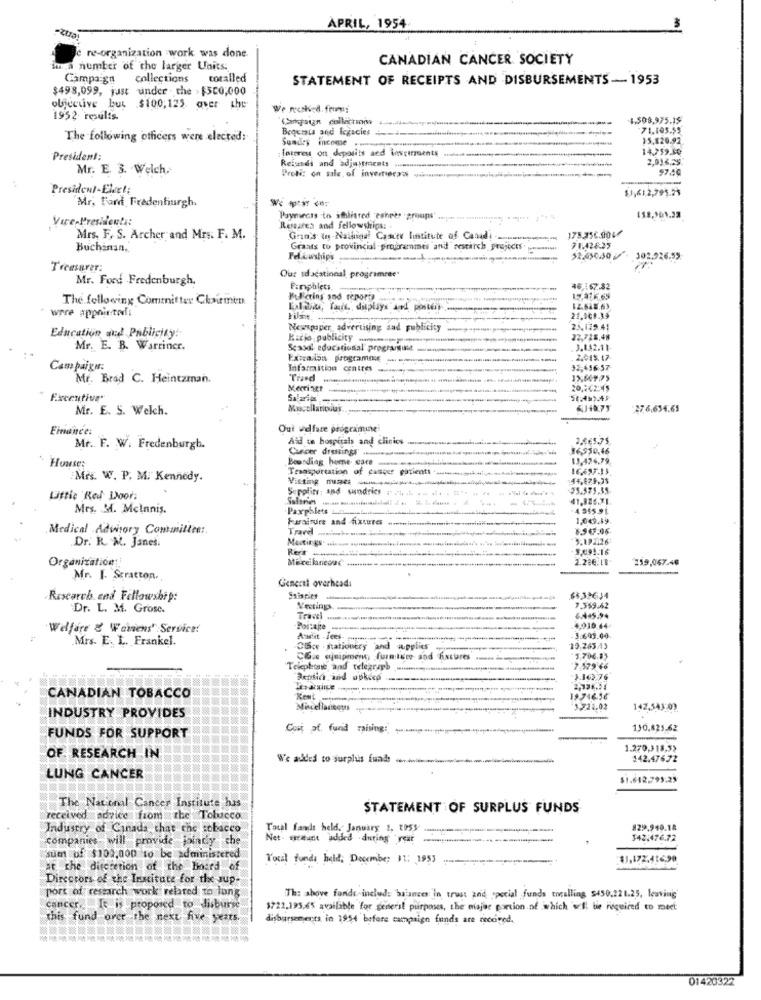
APRIL, 1954
e re-organization work was done
CANADIAN CANCER SOCIETY
.a number of the larger Units:
Campaign collections coralled
STATEMENT OF RECEIPTS AND DISBURSEMENTS-1953
$498,099, just under . the > $500,000
objective but $100,125. aver the
We recsked. from:
1952 results.
4,508,975.15
Begumsis and legacies
71.103.55
The following officers were elected:
Sundey income ...
15,120.92
Toterest on deposits and inspirments
14,259.50
President:
Refundi and adjustinents
Mr. E. 3. Welch.
97.40
President-Elect;
$1,612,795.29
Mr, Fard Fredenburgh.
- - -
Vare-Preslients:
Paymarcas to sthlisted esnetr groups' ....
Researea and fellowships:
Mrs. F. S. Archer and Mrs. F. M.
Goin's ths-Nailiga! Cascev lustitute of Casadi -
Buchanan,
Grants to provincial programmes and research projects. ......
7 1.426.25
52.650.50 / - 302.926.55
Treasurer:
Mr. Ford Fredenburgh.
Ous sdacatinnal, progesmree"
Pamphlets.
46,167.82
The following Committer Chairmen
Mufctins and reports
Exlabu, Tak, displays and posten
were appnietoli
21,308.39
Education and Publicity!
Newspaper advertising sad publicity
25.129.41
Katja publicity
22.738,48
Mr. E. B. Warriner.
Scaool educational progra/gust
3.142.11
2.045.47
Campaigns:
12.456:57
Mr. Brad C. Heintzman.
Trand
Merriste
20,442:45
-
50:453.45
Mr. E. S. Welch.
27.6,634.65
Finance:
Out welfare programine
Aid un hospitals and clicics
2,6€5.75
Mr. F. W. Fredenburgh.
Cancer dressings
Boosdiag home care
13.424.79
House:
Transportation of cancer patients
Mrs. W. P. M. Kennedy.
25.575.35
Little Red Door:
41,326.71.
Mrs. M. McInnis.
Paxphlets
Furniture and fixtures
1,049.89.
Medical Advisory Committee :.
Trard www.unil
$56.06
Dr. R. M. Janes.
Meetings. ..... ............
5.192126
Organization
259,067.46
Mr. I. Stratton.
General overhead:
Rescarch end Fellowship:
Sainpies
$$32614
Dr. L. M. Grosc.
Meetings
7.359.62
Welfare & Wovens" Service!
Pontage
4,030.44
Mrs. E. L. Frankel.
Audit - Jees
3.699.00
Chce . nationtry and supplies
30.263.43
CG.e jnipment, furniture and fixtures .
3.706.85
Telephone and telegraph
7.379 46
3.102 76
CANADIAN TOBACCO
19746.56
Miscellaneous
1.721.02
142,543:03
INDUSTRY PROVIDES
Cont af. fund raising:
130.825.62
FUNDS FOR SUPPORT
1.270,318,52
OF RESEARCH IN
We added to surplus fuad:
142.476.72
LUNG CANCER
$1.642.799:23
The National Cancer Institute his
STATEMENT OF SURPLUS FUNDS
received advice from the Tolucco
Industry of Canada that the tobacco
Total fands held. January 2, 195y
829.940.18
companies will provide joindy che
143.476.72
sum of $100,000 to be administered
local funds, halid; Decembe; 11: 1953
$1,172.41690
at the discretion of the Board of
Directors of the Institute for the sup-
port of research work related to lung
The above fonds include balances in trust and special funds tocalling $450.221.25, leaving
cancer .. It is proposed to disburse
$721,195,65 available for several purposes, the major portion of which will be required to meet
this fund over the next five years.
disbursements in 1954 before campaign funds are rocired.
01420322